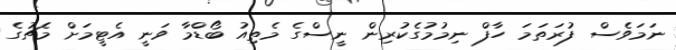
ނަމަވެސް ފުރަތަމަ ހާފް ނިމުމުގެކުރިން ނީސްގެ މެތިއު ބޯޑްމާ ވަނީ އެޓީމަށް މެޗުގެ